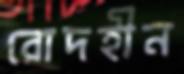
রোদহীন